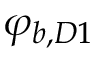
\varphi _ { b , D 1 }